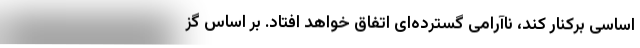
اساسی برکنار کند، ناآرامی گسترده‌ای اتفاق خواهد افتاد. بر اساس گز